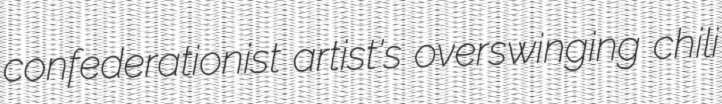
confederationist artist's overswinging chili